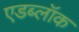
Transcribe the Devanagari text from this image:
एडब्लॉक